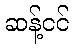
ဆန့်ငင်